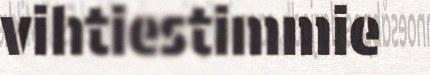
vihtiestimmie